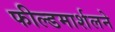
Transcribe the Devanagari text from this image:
फील्डमार्शलने